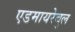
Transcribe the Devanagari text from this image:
एडमायरेबुल